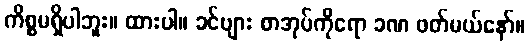
ကိစ္စမရှိပါဘူး။ ထားပါ။ ခင်ဗျား စာအုပ်ကိုရော ခဏ ဖတ်မယ်နော်။